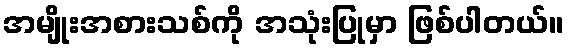
အမျိုးအစားသစ်ကို အသုံးပြုမှာ ဖြစ်ပါတယ်။